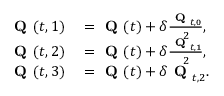
\begin{array} { r l } { \textbf { Q } ( t , { 1 } ) } & { { } = \textbf { Q } ( t ) + \delta \frac { \textbf { Q } _ { t , 0 } } { 2 } , } \\ { \textbf { Q } ( t , { 2 } ) } & { { } = \textbf { Q } ( t ) + \delta \frac { \textbf { Q } _ { t , 1 } } { 2 } , } \\ { \textbf { Q } ( t , { 3 } ) } & { { } = \textbf { Q } ( t ) + \delta \textbf { Q } _ { t , 2 } . } \end{array}